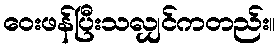
ဝေးဖန်ပြီးသလျှင်ကတည်း။